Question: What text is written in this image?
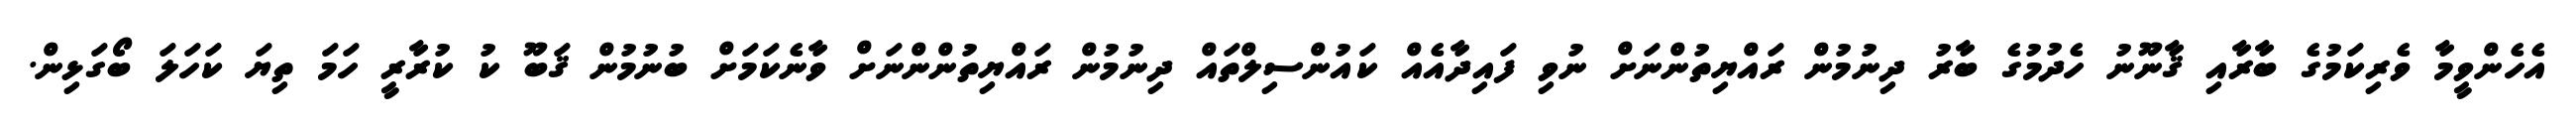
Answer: އެހެންވީމާ ވެރިކަމުގެ ބާރާއި ޤާނޫނު ހެދުމުގެ ބާރު ދިނުމުން ރައްޔިތުންނަށް ނުވި ފައިދާއެއް ކައުންސިލްތައް ދިނުމުން ރައްޔިތުންންނަށް ވާނެކަމަށް ބުނުމުން ޤަބޫ ކު ކުރާރީ ހަމަ ތިޔަ ކަހަލަ ބޯގަޅިން.